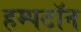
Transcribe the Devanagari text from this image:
हम्पटॉन